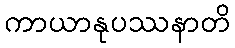
ကာယာနုပဿနာတိ